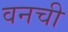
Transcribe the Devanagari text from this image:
वनची